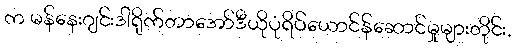
က မန်နေးဂျင်းဒါရိုက်တာအော်ဒီယိုပုံရိပ်ယောင်န်ဆောင်မှုများတိုင်း,